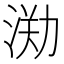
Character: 𣷃